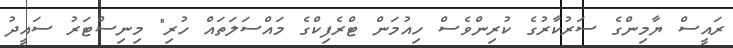
ރައީސް ޔާމިންގެ ސަރުކާރުގެ ކުރިންވެސް ހިއުމަން ޓްރެފިކްގެ މައްސަލަތައް ހުރި" މިނިސްޓަރު ސައީދު